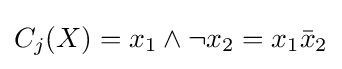
C_{j}(X)=x_{1}\land {\lnot }x_{2}=x_{1}{\bar {x}}_{2}